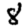
Digit: 8